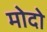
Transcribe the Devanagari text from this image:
मोदो